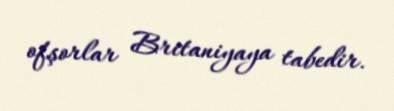
ofşorlar Britaniyaya tabedir.